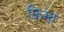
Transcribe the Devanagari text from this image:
फ्रिमा